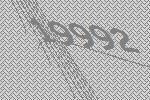
19992